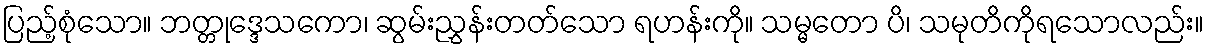
ပြည့်စုံသော။ ဘတ္တုဒ္ဒေသကော၊ ဆွမ်းညွှန်းတတ်သော ရဟန်းကို။ သမ္မတော ပိ၊ သမုတိကိုရသောလည်း။